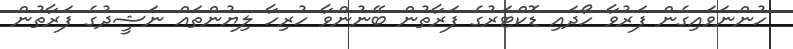
ހުންނަވައިގެން ފަރުވާ ހޯދައި ޑޮކްޓަރުގެ ފަރާތުން ބޭނުންވާ ހުރިހާ ލިޔުންތައް ނަޝީދުގެ ފަރާތުން